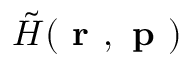
\tilde { H } ( \textbf { r } , \textbf { p } )